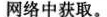
网络中获取。